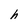
Character: h